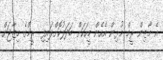
އެ މާޒިން ރީމް މުޅިން އެހެން މީހަކަށް ބަދަލުކޮށްލައިފި  ރީމްގެ މިޒާޖަށް